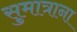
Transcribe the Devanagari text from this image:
सुमात्राना